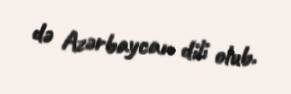
də Azərbaycan dili olub.